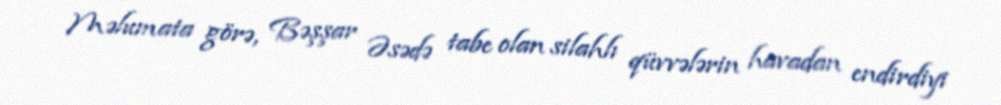
Məlumata görə, Bəşşar Əsədə tabe olan silahlı qüvvələrin havadan endirdiyi